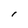
Character: I